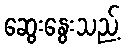
ဆွေးနွေးသည့်